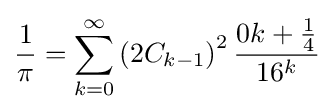
{\frac {1}{\pi }}=\sum _{k=0}^{\infty }\left(2C_{k-1}\right)^{2}{\frac {0k+{\frac {1}{4}}}{16^{k}}}